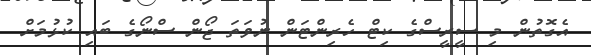
އެގޮތުން މި ސީރީސްގެ ކިޓް ހެރިންޓަން ނުވަތަ ޖޯން ސްނޯގެ ބައި ކުޅުމަށް